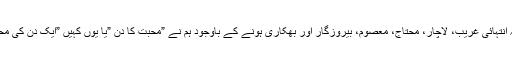
حکمرانوں کو فخر کرنا چاہئے کہ انتہائی غریب، لاچار، محتاج، معصوم، بیروزگار اور بھکاری ہونے کے باوجود ہم نے ”محبت کا دن ”یا یوں کہیں ”ایک دن کی محبت” پر کروڑوں روپے اُڑا دئیے۔